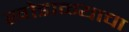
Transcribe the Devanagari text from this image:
खोडाळ्याचा